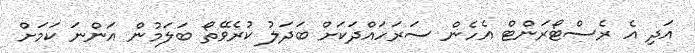
އަދި އެ ރެސްޓޯރަންޓް އެހެން ސަރަހައްދަކަށް ބަދަލު ކުރެވޭތޯ ބަލަމުން އަންނަ ކަމަށް